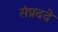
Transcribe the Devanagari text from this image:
संप्रददे